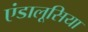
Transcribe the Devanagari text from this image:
एंडालूसिया